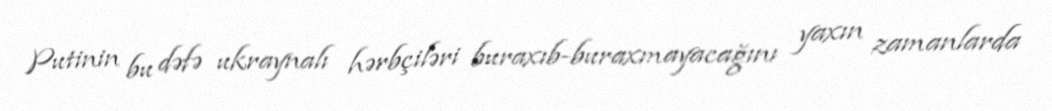
Putinin bu dəfə ukraynalı hərbçiləri buraxıb-buraxmayacağını yaxın zamanlarda